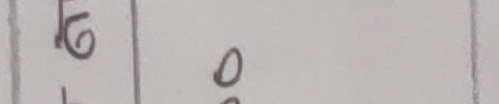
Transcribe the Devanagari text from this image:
७ ० ०